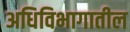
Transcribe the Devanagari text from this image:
अधिविभागातील